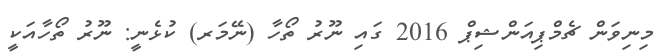
މިނިވަން ޗެމްޕިއަންޝިޕް 2016 ގައި ނޫރު ތޯހާ (ނޭމަރ) ކުޅެނީ: ނޫރު ތޯހާއަކީ